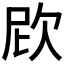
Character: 𣢞